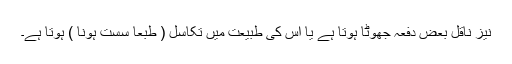
نیز ناقل بعض دفعہ جھوٹا ہوتا ہے یا اس کی طبیعت میں تکاسل ( طبعاً سست ہونا ) ہوتا ہے۔